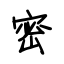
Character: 密